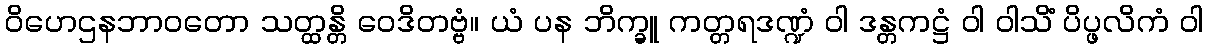
ဝိဟေဌနဘာဝတော သတ္ထန္တိ ဝေဒိတဗ္ဗံ။ ယံ ပန ဘိက္ခူ ကတ္တရဒဏ္ဍံ ဝါ ဒန္တကဋ္ဌံ ဝါ ဝါသိံ ပိပ္ဖလိကံ ဝါ